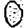
Digit: 0